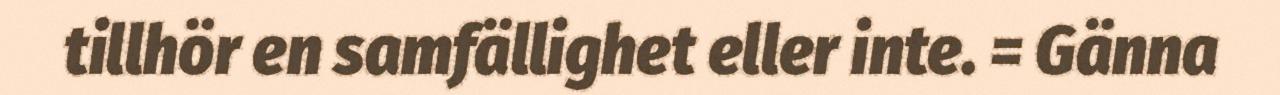
tillhör en samfällighet eller inte. = Gänna